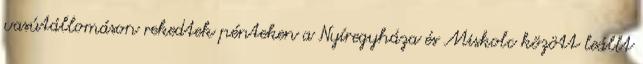
vasútállomáson rekedtek pénteken a Nyíregyháza és Miskolc között leállt